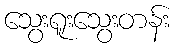
သွေးရူးသွေးတန်း